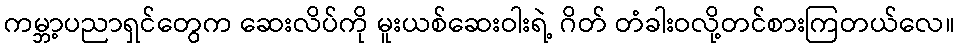
ကမ္ဘာ့ပညာရှင်တွေက ဆေးလိပ်ကို မူးယစ်ဆေးဝါးရဲ့ ဂိတ် တံခါးဝလို့တင်စားကြတယ်လေ။